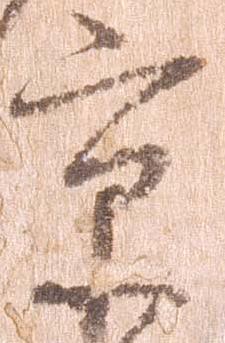
京